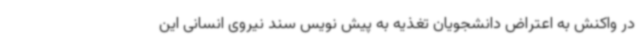
در واکنش به اعتراض دانشجویان تغذیه به پیش نویس سند نیروی انسانی این